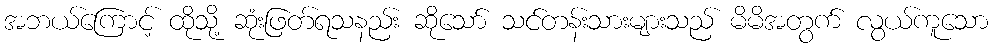
အဘယ်ကြောင့် ထိုသို့ ဆုံးဖြတ်ရသနည်း ဆိုသော် သင်တန်းသားများသည် မိမိအတွက် လွယ်ကူသော